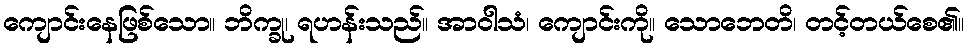
ကျောင်းနေဖြစ်သော။ ဘိက္ခု၊ ရဟန်းသည်။ အာဝါသံ၊ ကျောင်းကို။ သောဘေတိ၊ တင့်တယ်စေ၏။